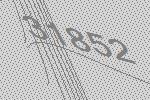
31852